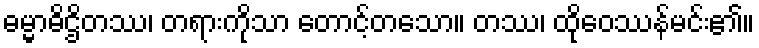
ဓမ္မာဓိဌိတဿ၊ တရားကိုသာ တောင့်တသော။ တဿ၊ ထိုဝေဿန်မင်း၏။